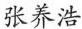
张养浩